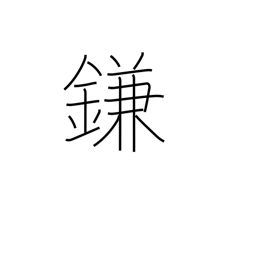
Meaning: trick